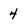
Character: 4